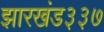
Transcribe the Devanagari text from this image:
झारखंड३३७